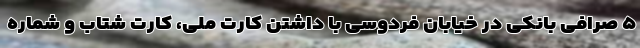
۵ صرافی بانکی در خیابان فردوسی با داشتن کارت ملی، کارت شتاب و شماره